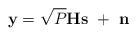
LaTeX: \begin{align*} \textbf{y} = \sqrt{P}\textbf{Hs}\ +\ \textbf{n} \end{align*}